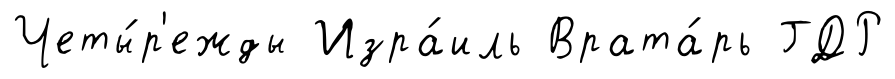
Четы́р'ежды Изра́иль Врата́рь ГДР